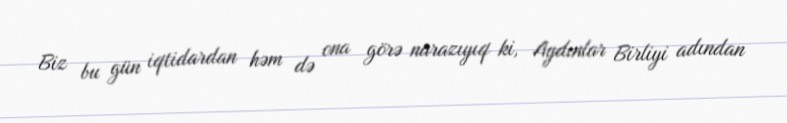
Biz bu gün iqtidardan həm də ona görə narazıyıq ki, Aydınlar Birliyi adından